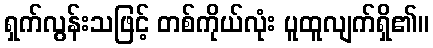
ရှက်လွန်းသဖြင့် တစ်ကိုယ်လုံး ပူထူလျက်ရှိ၏။